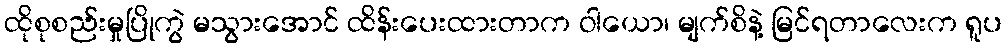
ထိုစုစည်းမှုပြိုကွဲ မသွားအောင် ထိန်းပေးထားတာက ဝါယော၊ မျက်စိနဲ့ မြင်ရတာလေးက ရူပ